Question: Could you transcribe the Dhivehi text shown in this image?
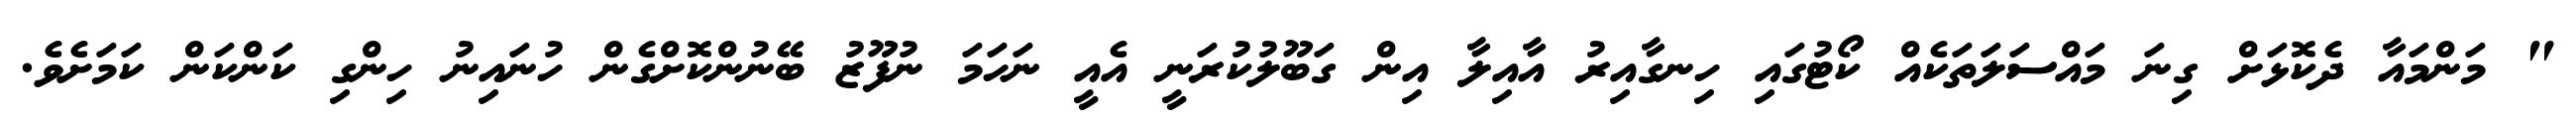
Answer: " މަންމައާ ދެކޮޅަށް ގިނަ މައްސަލަތަކެއް ކޯޓުގައި ހިނގާއިރު އާއިލާ އިން ގަބޫލުކުރަނީ އެއީ ނަހަމަ ނުފޫޒު ބޭނުންކޮށްގެން ހުނައިނު ހިންގި ކަންކަން ކަމަށެވެ.